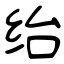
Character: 绐